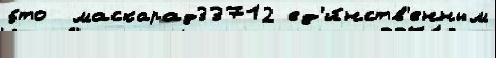
э́то  маскарад33712 ед'и́нств'енным